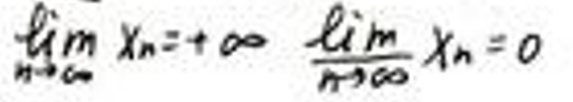
\(\lim_{n \to \infty} x_n = +\infty \quad \frac{\lim}{n \to \infty} x_n = 0\)